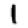
Digit: 1